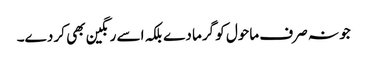
جو نہ صرف ماحول کو گرما دے بلکہ اسے رنگین بھی کر دے۔